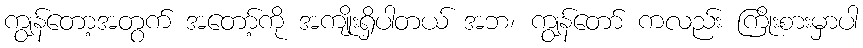
ကျွန်တော့အတွက် အတော့်ကို အကျိုးရှိပါတယ် အဘ၊ ကျွန်တော် ကလည်း ကြိုးစားမှာပါ